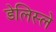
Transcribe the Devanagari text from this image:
डेलिस्ले